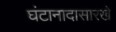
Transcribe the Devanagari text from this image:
घंटानादासारखे